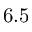
6 . 5